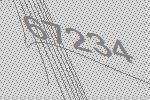
67234